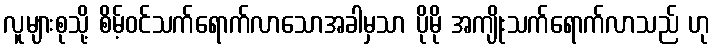
လူများစုသို့ စိမ့်ဝင်သက်ရောက်လာသောအခါမှသာ ပိုမို အကျိုးသက်ရောက်လာသည် ဟု